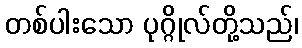
တစ်ပါးသော ပုဂ္ဂိုလ်တို့သည်၊